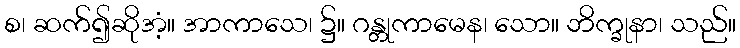
စ၊ ဆက်၍ဆိုအံ့။ အာကာသေ၊ ၌။ ဂန္တုကာမေန၊ သော။ ဘိက္ခုနာ၊ သည်။